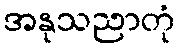
အနုသညာတုံ